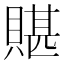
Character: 𧶿